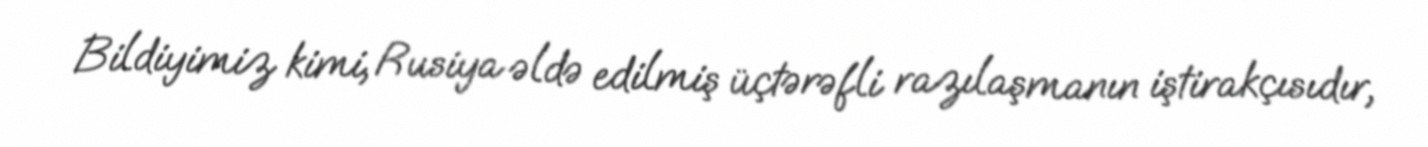
Bildiyimiz kimi, Rusiya əldə edilmiş üçtərəfli razılaşmanın iştirakçısıdır,